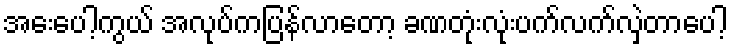
အေးပေါ့ကွယ် အလုပ်ကပြန်လာတော့ ခဏတုံးလုံးပက်လက်လှဲတာပေါ့